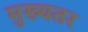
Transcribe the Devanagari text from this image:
मुख्यतर